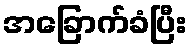
အခြောက်ခံပြီး